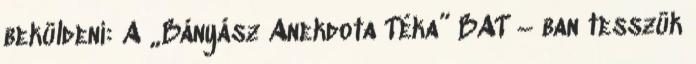
beküldeni: A „Bányász Anekdota Téka” BAT – ban tesszük